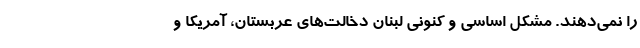
را نمی‌دهند. مشکل اساسی و کنونی لبنان دخالت‌های عربستان، آمریکا و